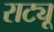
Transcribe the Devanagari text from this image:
राट्यू